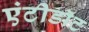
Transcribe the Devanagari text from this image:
एंटीडाॅट